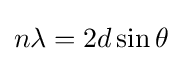
n\lambda =2d\sin \theta